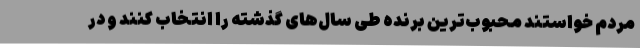
مردم خواستند محبوب‌ترین برنده طی سال‌های گذشته را انتخاب کنند و در